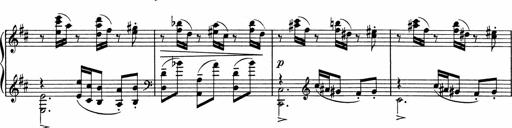
Title: Sonatine pour piano
Composer: Albert Roussel